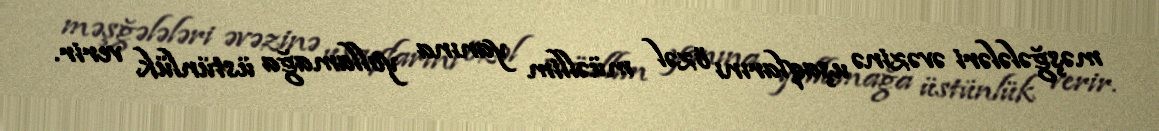
məşğələləri əvəzinə uşaqlarını özəl müəllim yanına yollamağa üstünlük verir.